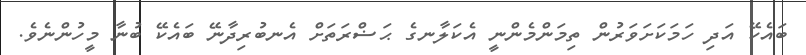
ބައެކޭ އަދި ހަމަކަށަވަރުން ތިމަންމެންނީ އެކަލާނގެ ޙަޟްރަތަށް އެނބުރިދާނޭ ބައެކޭ ބުނާ މީހުންނެވެ.